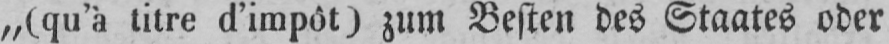
„(qu’à titre d’impôt) zum Besten des Staates oder